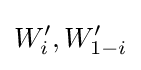
W'_{i},W'_{1-i}